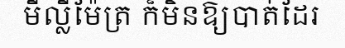
មីល្លីម៉ែត្រ ក៏មិនឱ្យបាត់ដែរ